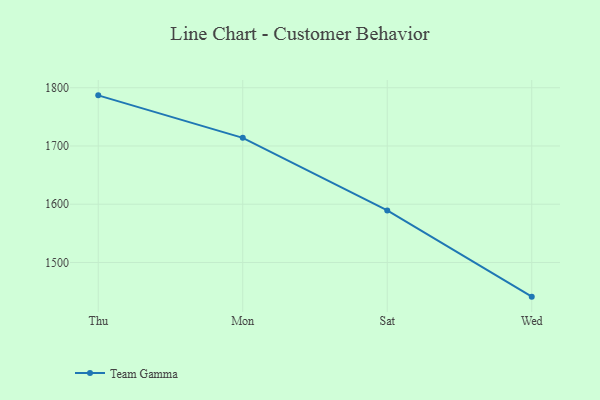
{"axis": {"x": "Day", "y": "Conversion Rate (%)"}, "legend": ["Team Gamma"], "data": [{"x": "Thu", "y": 1786.9, "type": "Team Gamma"}, {"x": "Mon", "y": 1714.0, "type": "Team Gamma"}, {"x": "Sat", "y": 1589.4, "type": "Team Gamma"}, {"x": "Wed", "y": 1441.3, "type": "Team Gamma"}]}